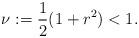
LaTeX: \begin{align*} \nu := \frac{1}{2}(1+r^2) <1. \end{align*}